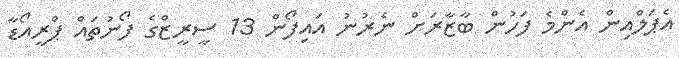
އެޕަލްއިން އެންމެ ފަހުން ބާޒާރަށް ނެރުނު އައިފޯން 13 ސީރީޒްގެ ފޯނުތައް ޕްރީއޯޑާ